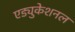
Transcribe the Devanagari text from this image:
एड्युकेशनल